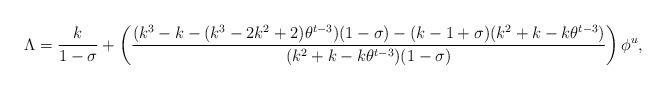
\begin{align*}\Lambda=\frac{k}{1-\sigma}+\left( \frac{(k^3-k-(k^3-2k^2+2)\theta^{t-3})(1-\sigma)-(k-1+\sigma)(k^2+k-k\theta^{t-3})}{(k^2+k-k\theta^{t-3})(1-\sigma)}\right) \phi^u,\end{align*}